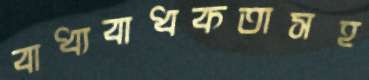
বাধ্যবাধকতাসহ